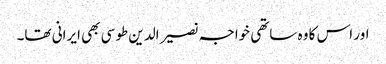
اور اس کا وہ ساتھی خواجہ نصیر الدین طوسی بھی ایرانی تھا۔